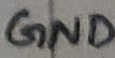
Text: GND